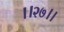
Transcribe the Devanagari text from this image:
।।२७।।